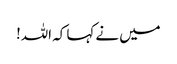
میں نے کہا کہ اللہ!